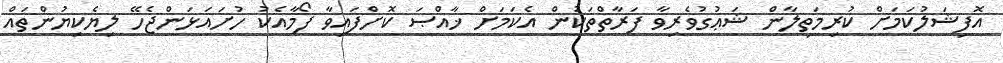
އޮފިޝަލުކަމަށް ކުރިމަތިލާން ޝަޢުގުވެރިވާ ފަރާތްތަކުން އެކަމަށް ޚާއްޞަ ކޮށްފައިވާ ފޯމާއެކު ހުށައަޅަންޖެހޭ ލިޔެކިޔުންތައް